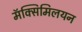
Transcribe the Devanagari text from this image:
मॅक्सिमिलयन